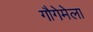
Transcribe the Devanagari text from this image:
गौगेमेला